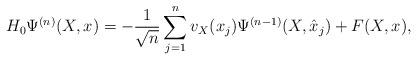
LaTeX: \begin{align*}H_0 \Psi^{(n)}(X,x) &= -\frac{1}{\sqrt{n}} \sum_{j=1}^n v_X(x_j) \Psi^{(n-1)}(X,\hat{x}_j) + F(X,x), \end{align*}